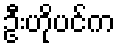
ဦးဟိုပင်က